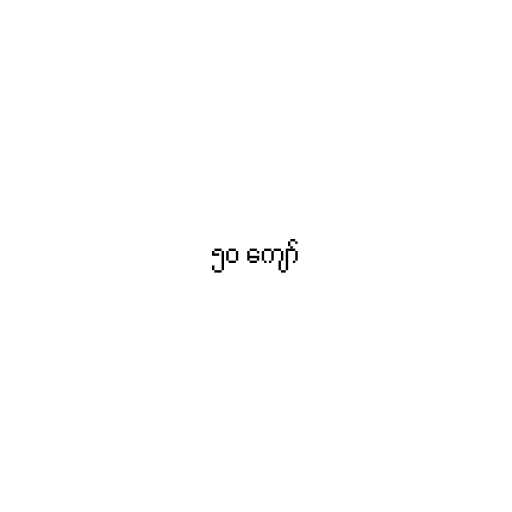
၅၀ ကျော်